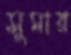
সুমার